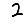
Digit: 2